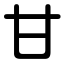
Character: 甘